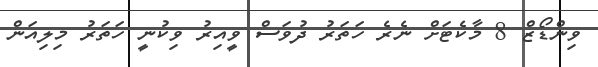
ވިންޑޯޒް 8 މާކެޓަށް ނެރެ ހަތަރު ދުވަސް ވީއިރު ވިކުނީ ހަތަރު މިލިއަން